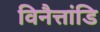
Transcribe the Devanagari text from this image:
विनैत्तांडि